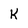
Character: k